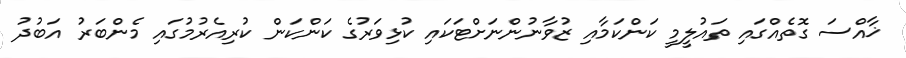
ޚާއްސަ ގޮތެއްގައި ތައުލީމީ ކަންކަމާއި ޒުވާނުންނަށްޓަކައި ކުޅިވަރުގެ ކަންކަން ކުރިއެރުމުގައި މެންބަރު އަބުދު